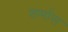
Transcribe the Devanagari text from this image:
शर्मास